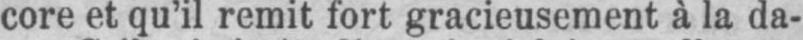
core et qu’il remit fort gracieusement à la da-